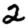
Digit: 2